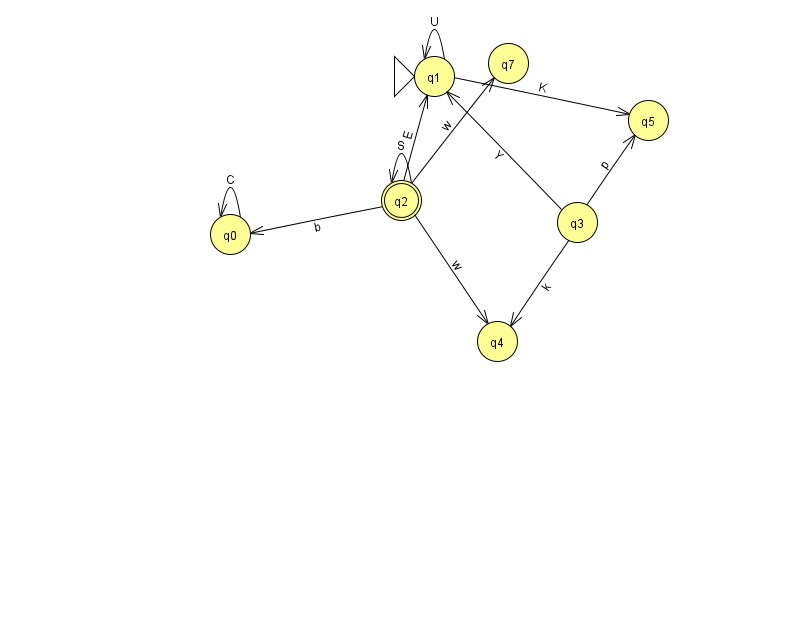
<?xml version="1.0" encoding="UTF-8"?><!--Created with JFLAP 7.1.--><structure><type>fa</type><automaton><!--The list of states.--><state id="0" name="q0"><x>230.0</x><y>221.0</y></state><state id="1" name="q1"><x>434.0</x><y>63.0</y><initial/></state><state id="2" name="q2"><x>401.0</x><y>187.0</y><final/></state><state id="3" name="q3"><x>577.0</x><y>209.0</y></state><state id="4" name="q4"><x>497.0</x><y>328.0</y></state><state id="5" name="q5"><x>648.0</x><y>107.0</y></state><state id="7" name="q7"><x>508.0</x><y>50.0</y></state><!--The list of transitions.--><transition><from>1</from><to>5</to><read>K</read></transition><transition><from>3</from><to>5</to><read>p</read></transition><transition><from>2</from><to>1</to><read>E</read></transition><transition><from>0</from><to>0</to><read>C</read></transition><transition><from>2</from><to>2</to><read>S</read></transition><transition><from>3</from><to>1</to><read>Y</read></transition><transition><from>1</from><to>1</to><read>U</read></transition><transition><from>2</from><to>0</to><read>b</read></transition><transition><from>2</from><to>7</to><read>w</read></transition><transition><from>3</from><to>4</to><read>k</read></transition><transition><from>2</from><to>4</to><read>w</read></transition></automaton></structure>